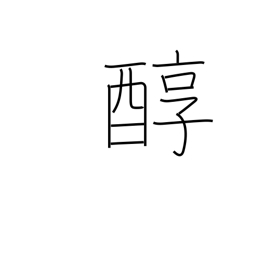
Meaning: pure sake